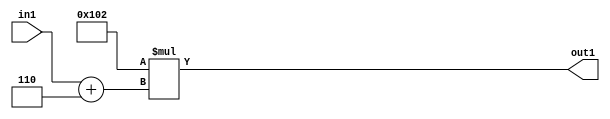
`timescale 1ps / 1ps
/*****************************************************************************
    Verilog RTL Description
    
    
    Created by: Stratus DpOpt 2019.1.01 
*******************************************************************************/

module DC_Filter_Mul2i258Add2i6u2_4 (
	in1,
	out1
	); /* architecture "behavioural" */ 
input [1:0] in1;
output [11:0] out1;
wire [11:0] asc001;
wire [3:0] asc002;

assign asc002 = 
	+(in1)
	+(4'B0110);

assign asc001 = 
	+(12'B000100000010 * asc002);

assign out1 = asc001;
endmodule

/* CADENCE  ubTwTQ0= : u9/ySgnWtBlWxVPRXgAZ4Og= ** DO NOT EDIT THIS LINE ******/